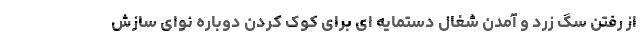
از رفتن سگ زرد و آمدن شغال دستمایه ای برای کوک کردن دوباره نوای سازش